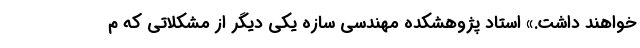
خواهند داشت.» استاد پژوهشکده مهندسی سازه یکی دیگر از مشکلاتی که م